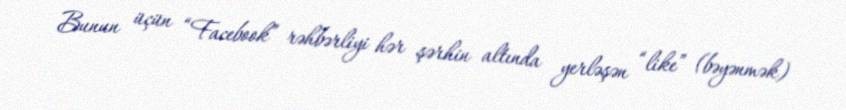
Bunun üçün “Facebook” rəhbərliyi hər şərhin altında yerləşən “like” (bəyənmək)